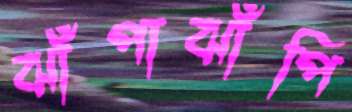
ঝাঁপাঝাঁপি